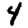
Digit: 4